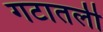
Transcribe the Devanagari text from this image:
गटातली